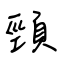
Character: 頸